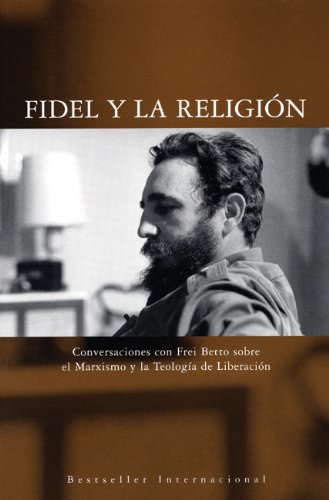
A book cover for Fidel y la ReligiÃ³n: Conversaciones con Frei Betto sobre el Marxismo y la Teologia de Liberacion (Ocean Sur)  (Spanish Edition); Fidel Castro; Biographies & Memoirs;